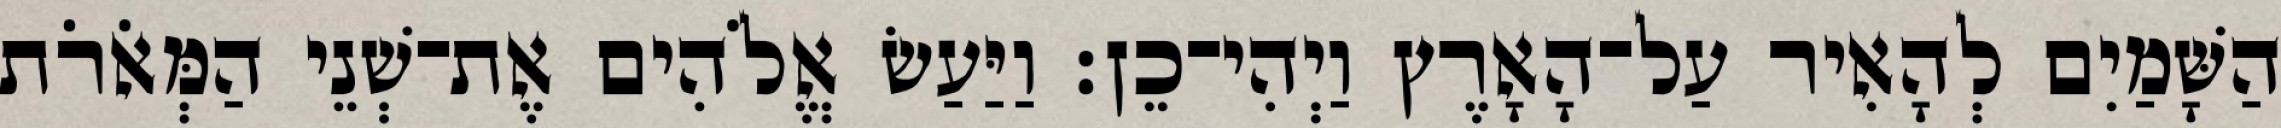
הַשָּׁמַיִם לְהָאִיר עַל־הָאָרֶץ וַיְהִי־כֵן׃ וַיַּעַשׂ אֱלֹהִים אֶת־שְׁנֵי הַמְּאֹרֹת